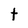
Character: t